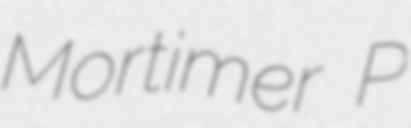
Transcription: Mortimer P